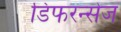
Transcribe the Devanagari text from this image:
डिफरन्सेज